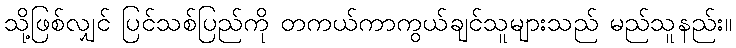
သို့ဖြစ်လျှင် ပြင်သစ်ပြည်ကို တကယ်ကာကွယ်ချင်သူများသည် မည်သူနည်း။